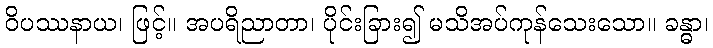
ဝိပဿနာယ၊ ဖြင့်။ အပရိညာတာ၊ ပိုင်းခြား၍ မသိအပ်ကုန်သေးသော။ ခန္ဓာ၊